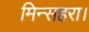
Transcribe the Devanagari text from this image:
मिन्सहरा।